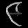
Digit: ၉